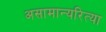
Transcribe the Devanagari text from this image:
असामान्यरित्या